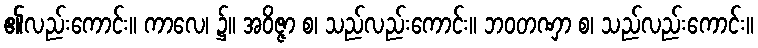
၏လည်းကောင်း။ ကာလေ၊ ၌။ အဝိဇ္ဇာ စ၊ သည်လည်းကောင်း။ ဘဝတဏှာ စ၊ သည်လည်းကောင်း။